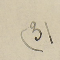
(3)